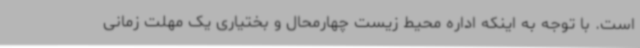
است. با توجه به اینکه اداره محیط زیست چهارمحال و بختیاری یک مهلت زمانی